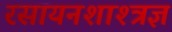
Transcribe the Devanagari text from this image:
रसायनशाश्त्रज्ञ